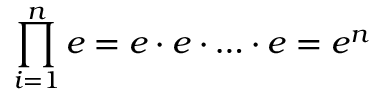
\prod _ { i = 1 } ^ { n } e = e \cdot e \cdot \ldots \cdot e = e ^ { n }